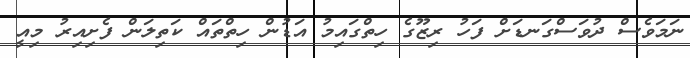
ނަމަވެސް ދުވަސްގަނޑަށް ފަހު ރިޒޫގެ ހިތްގައިމު އަޑުން ހިތްތައް ކަތިލަން ފެށިއިރު މިއީ